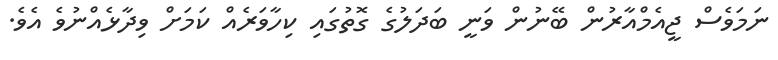
ނަމަވެސް ޖީއެމްއާރުން ބޭނުން ވަނީ ބަދަލުގެ ގޮތުގައި ކިހާވަރެއް ކަމަށް ވިދާޅެއްނުވެ އެވެ.